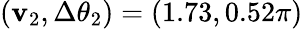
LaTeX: (\mathbf{v}_{2},\Delta\theta_{2})=(1.73,0.52\pi)